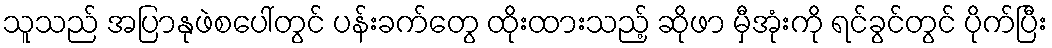
သူသည် အပြာနုဖဲစပေါ်တွင် ပန်းခက်တွေ ထိုးထားသည့် ဆိုဖာ မှီအုံးကို ရင်ခွင်တွင် ပိုက်ပြီး